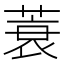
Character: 蓑